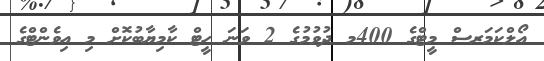
އޯލްކަމަރސް މީޓްގެ 400މ ދުވުމުގެ 2 ވަނަ ހީޓް ކާމިޔާބުކޮށް މި އިވެންޓްގެ